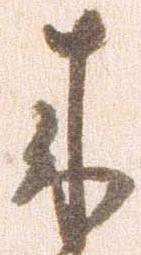
来